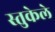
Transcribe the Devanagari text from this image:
स्तुकेले